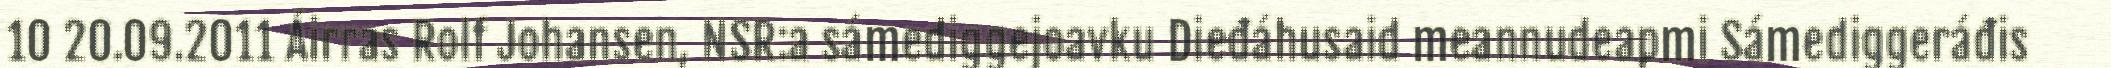
10 20.09.2011 Áirras Rolf Johansen, NSR:a sámediggejoavku Dieđáhusaid meannudeapmi Sámediggeráđis